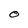
Character: O